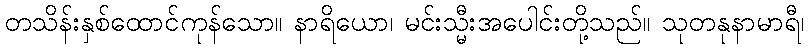
တသိန်းနှစ်ထောင်ကုန်သော။ နာရိယော၊ မင်းသ္မီးအပေါင်းတို့သည်။ သုတနုနာမာရီ၊